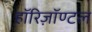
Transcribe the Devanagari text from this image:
हॉरिज़ॉण्टल